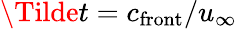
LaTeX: \Tilde{t}=c_{\mathrm{front}}/u_{\infty}